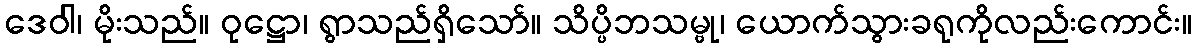
ဒေဝါ၊ မိုးသည်။ ဝုဋ္ဌော၊ ရွာသည်ရှိသော်။ သိပ္ပိဘသမ္ဗု၊ ယောက်သွားခရုကိုလည်းကောင်း။